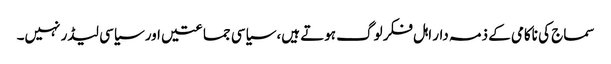
سماج کی ناکامی کے ذمہ دار اہل فکر لوگ ہوتے ہیں، سیاسی جماعتیں اور سیاسی لیڈر نہیں۔